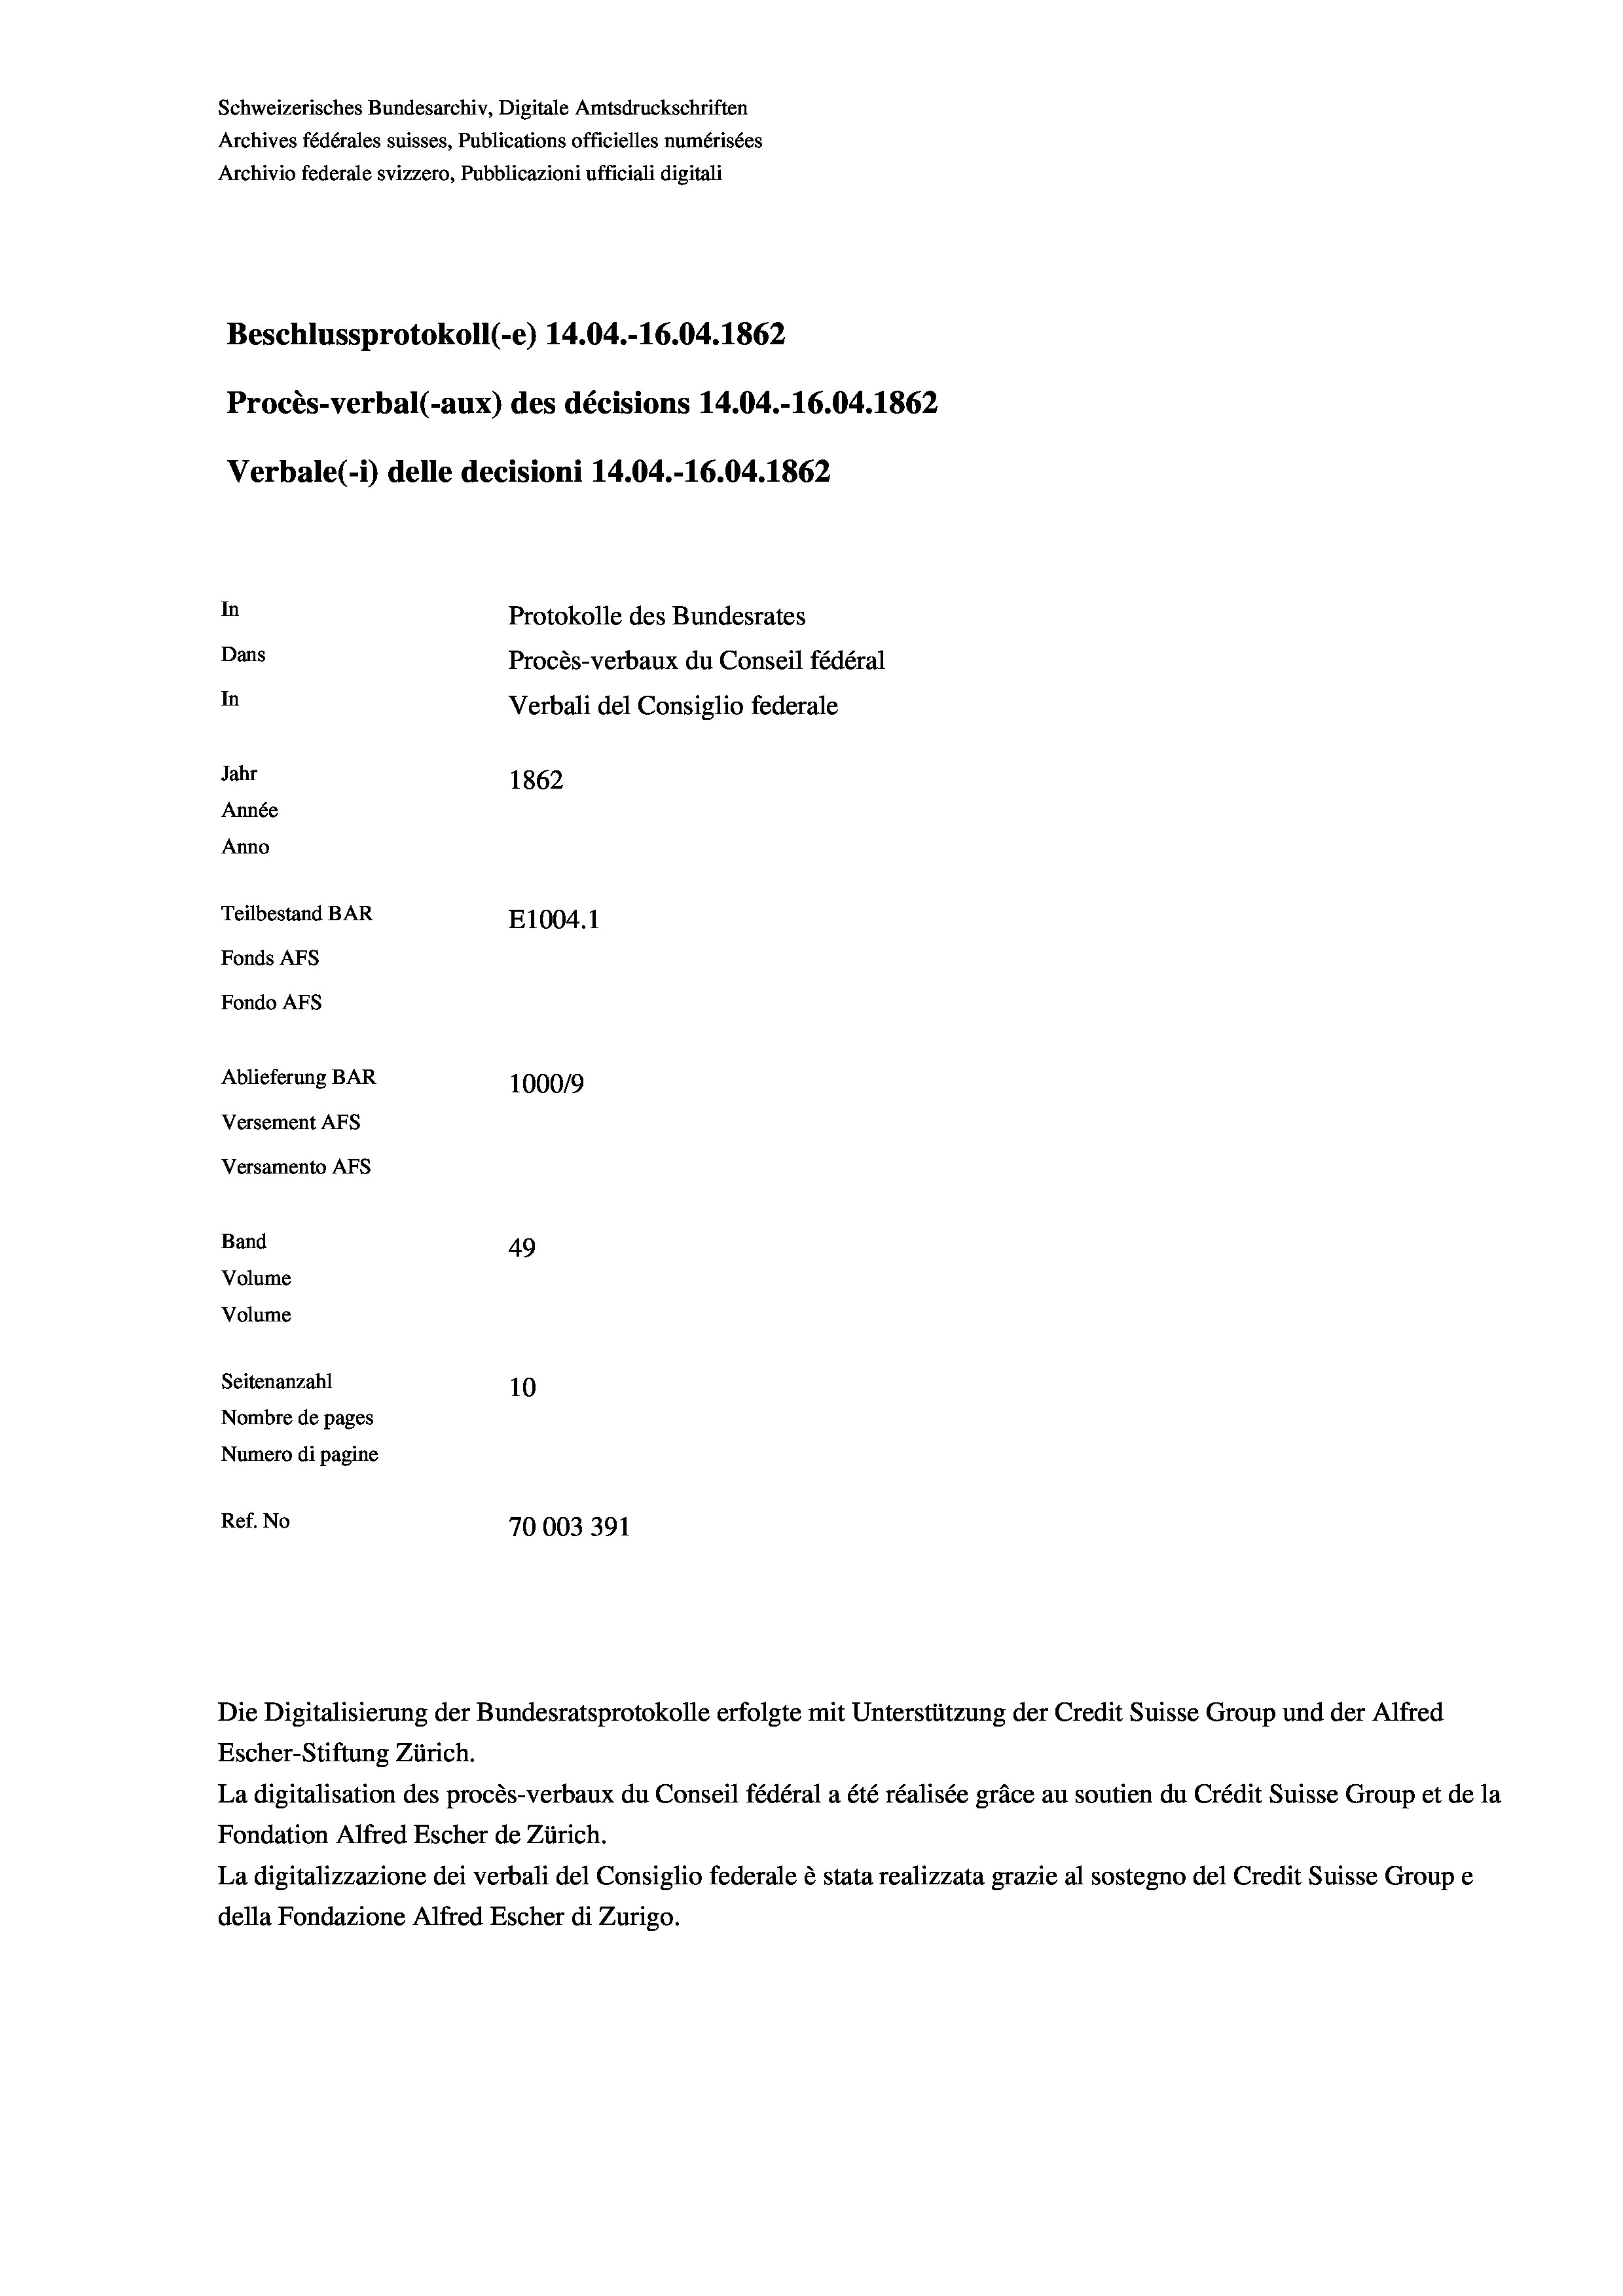
Schweizerisches Bundesarchiv, Digitale Amtsdruckschriften
Archives fédérales suisses, Publications officielles numérisées
Archivio federale svizzero, Pubblicazioni ufficiali digitali
Beschlussprotokoll (-e) 14.04.-16.04. 1862
Procès-verbal (-aux) des décisions 14.04.-16.04. 1862
Verbale (i) delle decisioni 14.04.-16.04. 1862
In
Protokolle des Bundesrates
Dans
Procès-verbaux du Conseil fédéral
In
Verbali del Consiglio federale
Jahr
1862
Année
Anno
Teilbestand BAR
E1004. 1
Fonds AFs
Fondo Afs
Ablieferung BAR
100019
Versement AFs
Versamento Afs
Band
49
Volume
Volume
Seitenanzahl
10
Nombre de pages
Numero di pagine
Ref. No
70003391

Escher-Stiftung Zürich.
La digitalisation des procès-verbaux du Conseil fédéral a été réalisée gräce au soutien du Crédit Suisse Group et de la
Fondation Alfred Escher de Zürich.
La digitalizzazione dei verbali del Consiglio federale è stata realizzata grazie al sostegno del Credit Suisse Groupe
della Fondazione Alfred Escher di Zurigo.

Die Digitalisierung der Bundesratsprotokolle erfolgte mit Unterstützung der Credit Suisse Group und der Alfred